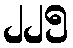
၂၂၅